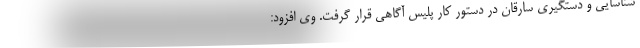
شناسایی و دستگیری سارقان در دستور کار پلیس آگاهی قرار گرفت. وی افزود: